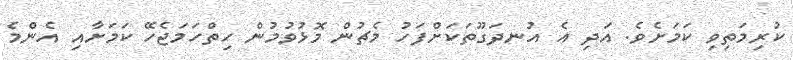
ކުރިމަތިވި ކަމަށެވެ. އަދި އެ އުނދަގޫތަކަށްފަހު މެޗުން މޮޅުވުމުން ހިތްހަމަޖެހޭ ކަމަށާއި އެންމެ